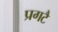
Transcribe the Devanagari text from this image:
प्रगटै